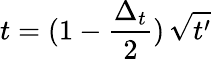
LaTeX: t=(1-\frac{\Delta_{t}}{2})\, \sqrt{t^{\prime}}